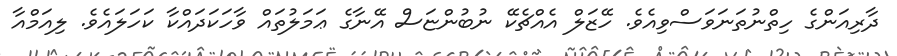
ދާރިއަންގެ ހިތްނުތަނަވަސްވިއެވެ. ހޭޒަލް އެއްޗެކޭ ނުބުންޏަސް އޭނާގެ ޢަމަލުތައް ވާހަކަދައްކާ ކަހަލައެވެ. ލިއަމްއާ